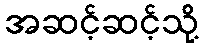
အဆင့်ဆင့်သို့